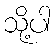
သို့ပါ